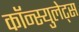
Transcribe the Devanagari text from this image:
कॉन्स्युलेट्स